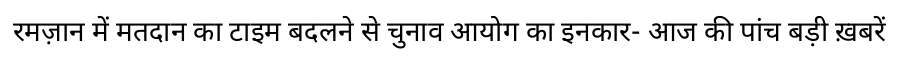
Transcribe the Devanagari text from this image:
रमज़ान में मतदान का टाइम बदलने से चुनाव आयोग का इनकार- आज की पांच बड़ी ख़बरें